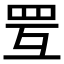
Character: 𦊂